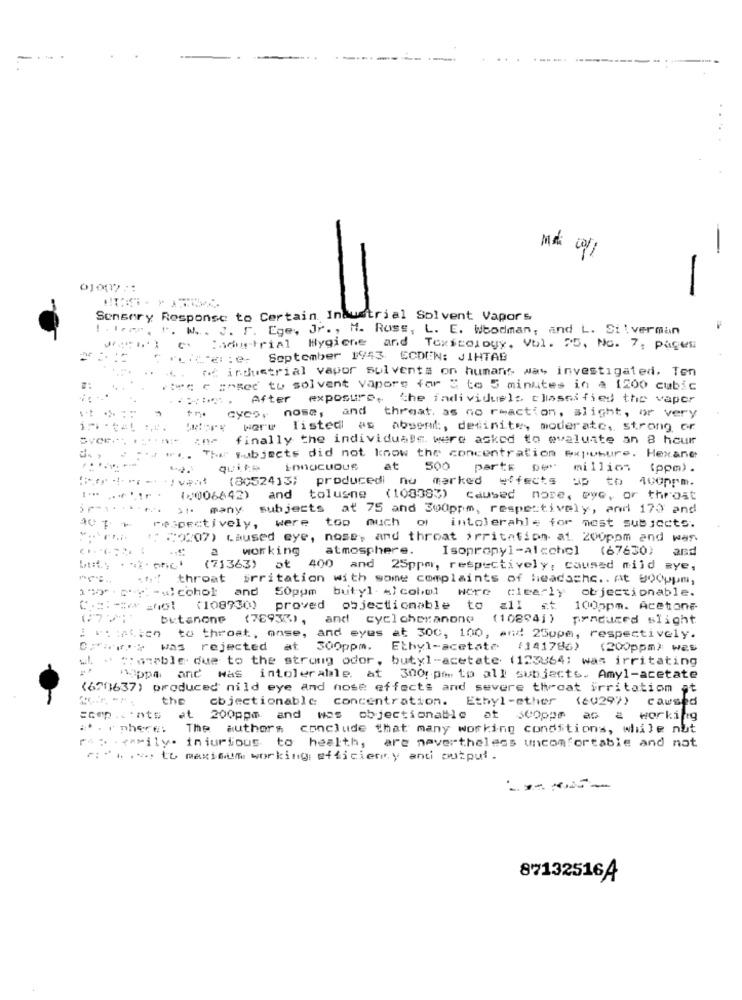
-
-
Sensory Response to Certain Industrial Solvent Vapors
". W ... J. F. Ege, Jr. , H. Russ, L. E. Wbodman, and L. Silverman
Cadustrial Hygiene and Toxicology, Vol. 25, No. 7, pages
"Liter: e- September 1943. ECDEN: JIHTAB
4. at industrial vapor sulventa on humans was investigated. Ten
twee e aoset tu solvent vapore for 3 to 5 minutes in a 1200 cubic
After exposure.
the individuels classified the vaper
cyco, nose, and threat, as no reaction, slight, or very
Very were listed as absent, definite, moderate, strong or
ine finally the individuale. were asked to evaluate an 8 hour
: w .. The Subjects did not know the concentration expubure. Hexane
quite
at
500
parte per
million
(ppm) .
(8052413; producedi nu marked effects
up to
1006642)
and toluene (108383) caused nore, eye, or throat
ir* ** ****** ** many
subjects at 75 and 300ppm, respectively, and 170 and
respectively, were too much of
intolerable for nest subjects.
1: 20207) caused eye, nose, and throat irritation at. 200ppm and was
........ .
a
working
atmosphere.
Isopropyl-alcohol
(67630)
and
buty . ax- eric* (21363) at 400 and 25ppm, respectively, caused mild aye,
.hy throat irritation with some complaints of headache .. At Booppm,
150* . chy -alcohol and 50ppm butyl Alcohol wore clearly objectionable.
C .:: == w =not (108930) proved objectionable to all ct
1005pm. Acetone-
butsnone (78933), and cycl cheranone
(10894] )
produced slight
: "itien to throat, mose, and eyes at 300, 100, and 25ppm, respectively.
0 ;*:** > was rejected at 300ppm. Ethyl-acetate (141786) (200ppm) was
ul # #:aneble due to the strong odor, butyl-acetate (123364; was irritating
'Lippa and was intolerable, at 3001pm to all subjects. Amyl-acetate
(6701637) produced nild eye and nose effects and severe throat irritation at
the
objectionable concentration. Ethyl-ether
(2029))
caused
Ecep .. 'nts at 200ppm and was objectionable af SCoppm
working
. . inhere: The authors conclude that many working conditions, while nut
rep . family. iniurious to health, are nevertheless uncomfortable and not
r :* u .s. to maximum working efficiency and output.
----
87132516A